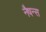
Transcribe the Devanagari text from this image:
नैषन्स